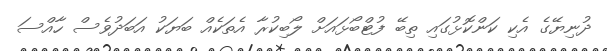
ދުނިޔޭގެ އެކި ކަންކޮޅުގައި ތިބޭ ފުޓްބޯޅައަށް ލޯބިކުރާ އެތަކެއް ބަޔަކު އަބަދުވެސް ހާއްސަ